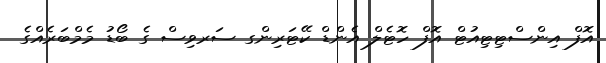
އޮފް އިންސްޓިޓިއުޓް އޮފް ހޮޓެލް އެންޑް ކޭޓަރިންގ ސަރވިސް ގެ ބޯޑު މެމްބަރެއްގެ